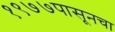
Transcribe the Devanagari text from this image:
१९७७पासूनचा